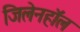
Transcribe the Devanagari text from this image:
जिलेनहॉल